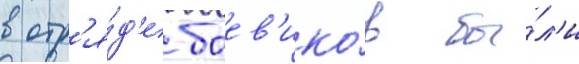
в отр'я́д'е боев'ико́в бы́л'и